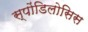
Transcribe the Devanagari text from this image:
स्पोंडिलोसिस